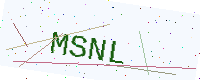
Text: MSNL